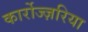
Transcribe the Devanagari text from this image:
कार्रोज्ज़रिया